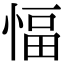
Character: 愊